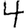
Digit: 4